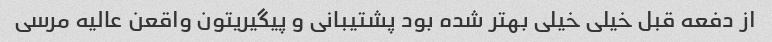
از دفعه قبل خیلی خیلی بهتر شده بود پشتیبانی و پیگیریتون واقعن عالیه مرسی